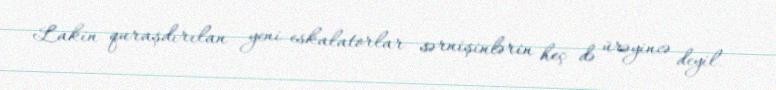
Lakin quraşdırılan yeni eskalatorlar sərnişinlərin heç də ürəyincə deyil.